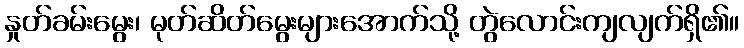
နှုတ်ခမ်းမွေး၊ မုတ်ဆိတ်မွေးများအောက်သို့ တွဲလောင်းကျလျက်ရှိ၏။